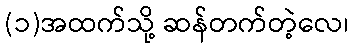
(၁)အထက်သို့ ဆန်တက်တဲ့လေ၊